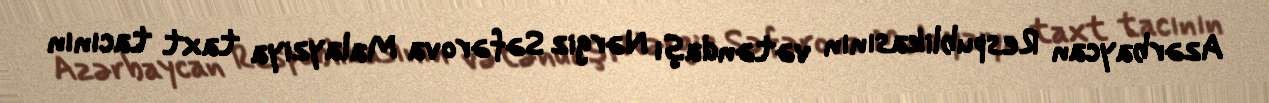
Azərbaycan Respublikasının vətəndaşı Nərgiz Səfərova Malayziya taxt tacının